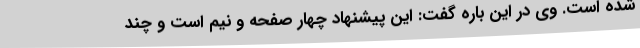
شده است. وی در این باره گفت: این پیشنهاد چهار صفحه و نیم است و چند